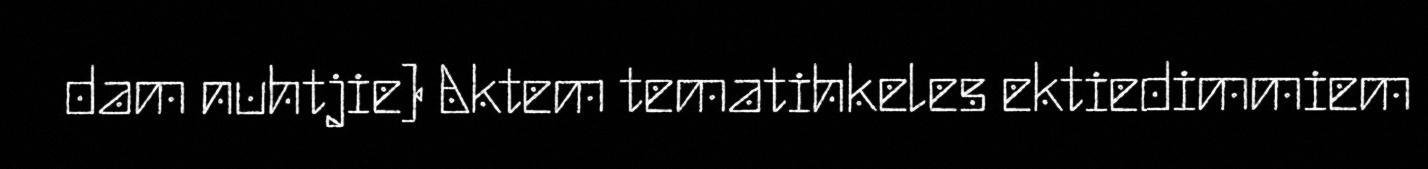
dam nuhtjie) Aktem tematihkeles ektiedimmiem